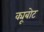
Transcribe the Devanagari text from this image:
क्यूबोट